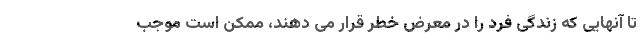
تا آنهایی که زندگی فرد را در معرض خطر قرار می دهند، ممکن است موجب